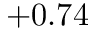
+ 0 . 7 4